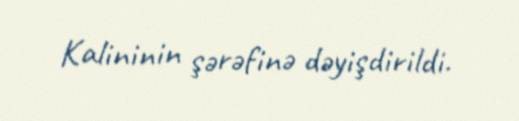
Kalininin şərəfinə dəyişdirildi.